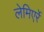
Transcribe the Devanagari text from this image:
लेमिएर्रे